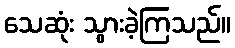
သေဆုံး သွားခဲ့ကြသည်။